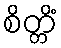
စိတ္တိံ